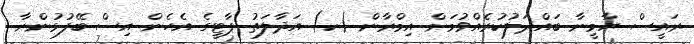
ރައީސް ޔާމީނާ ބައްދަލުކުރެއްވުމަށް އިމްރާން (ކ) އަދާލަތު ޕާޓީގެ އެހެން އިސް ބޭފުޅުންނާ